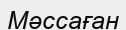
Мәссаған